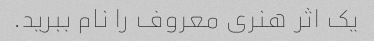
یک اثر هنری معروف را نام ببرید.